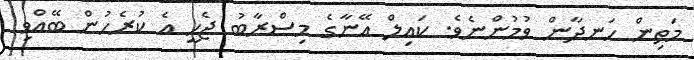
މަތިން ހަނދާން ވުމުންނެވެ. ކައިލް އޭނާގެ މިސްރާބު ޖެހީ އެ ކުރެހުން ބޭއްވި